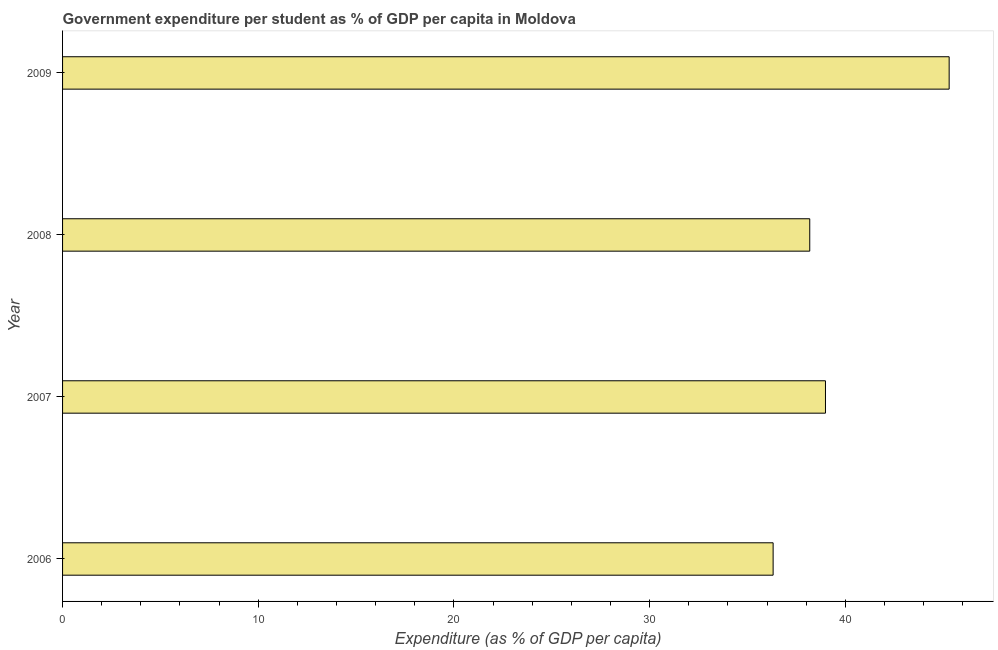
| Year | Government expenditure per tertiary student |
 | --- | --- |
 | 2006 | 36.3 |
 | 2007 | 39 |
 | 2008 | 38.2 |
 | 2009 | 45.3 |